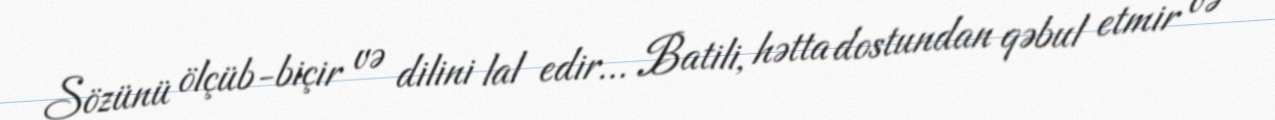
Sözünü ölçüb-biçir və dilini lal edir... Batili, hətta dostundan qəbul etmir və